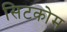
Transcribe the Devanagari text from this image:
सिटकोम